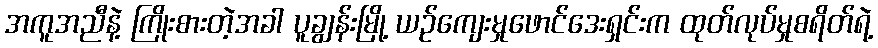
အကူအညီနဲ့ ကြိုးစားတဲ့အခါ ပူချွန်းမြို့ ယဉ်ကျေးမှုဖောင်ဒေးရှင်းက ထုတ်လုပ်မှုစရိတ်ရဲ့